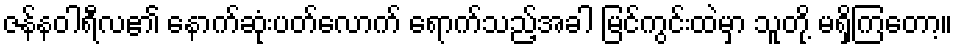
ဇန်နဝါရီလ၏ နောက်ဆုံးပတ်လောက် ရောက်သည့်အခါ မြင်ကွင်းထဲမှာ သူတို့ မရှိကြတော့။